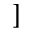
]